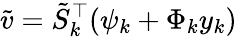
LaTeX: \tilde{v}=\tilde{S}_{k}^{\top}(\psi_{k}+\Phi_{k}y_{k})